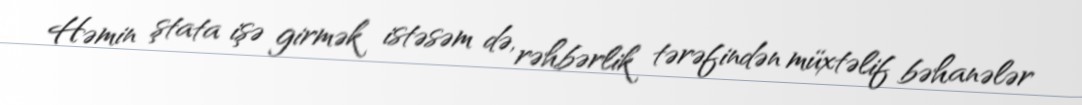
Həmin ştata işə girmək istəsəm də, rəhbərlik tərəfindən müxtəlif bəhanələr